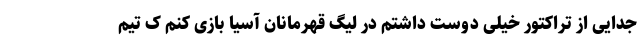
جدایی از تراکتور خیلی دوست داشتم در لیگ قهرمانان آسیا بازی کنم ک تیم